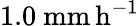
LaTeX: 1.0\ \mathrm{mm\, h^{-1}}